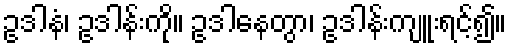
ဥဒါနံ၊ ဥဒါန်းကို။ ဥဒါနေတွာ၊ ဥဒါန်းကျူးရင့်၍။